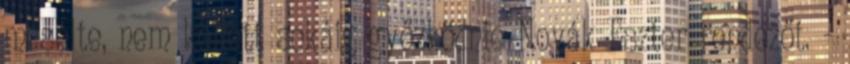
mesélte, nem kellett sokáig győzködnie Novák Eszter rendezőt. -